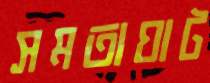
সমতাঘাট